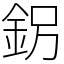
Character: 䤢